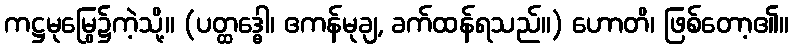
ကဋ္ဌမုမြွေ၌ကဲ့သို့။ (ပတ္ထဒ္ဓေါ၊ ဧကန်မုချ, ခက်ထန်ရသည်။) ဟောတိ၊ ဖြစ်တော့၏။